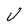
Character: J